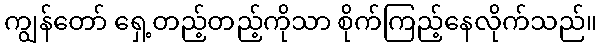
ကျွန်တော် ရှေ့တည့်တည့်ကိုသာ စိုက်ကြည့်နေလိုက်သည်။